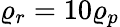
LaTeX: \varrho_{r}=10\varrho_{p}